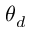
\theta _ { d }